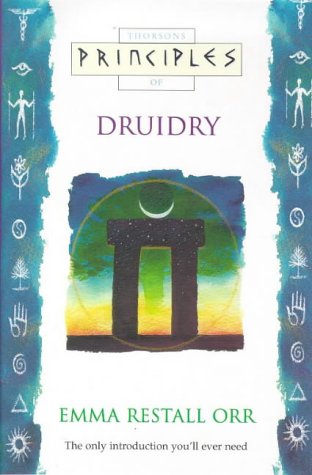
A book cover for Principles of Druidry: The Only Introduction You'll Ever Need (Thorsons Principles Series); Emma Restall Orr; Religion & Spirituality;